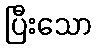
ပြီးသော